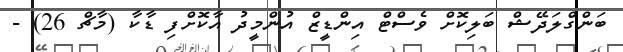
ބަންގްލަދޭޝް ބަލިކޮށް ވެސްޓް އިންޑީޒް އުންމީދު އާކޮށްފި ޑާކާ (މާޗް 26) -